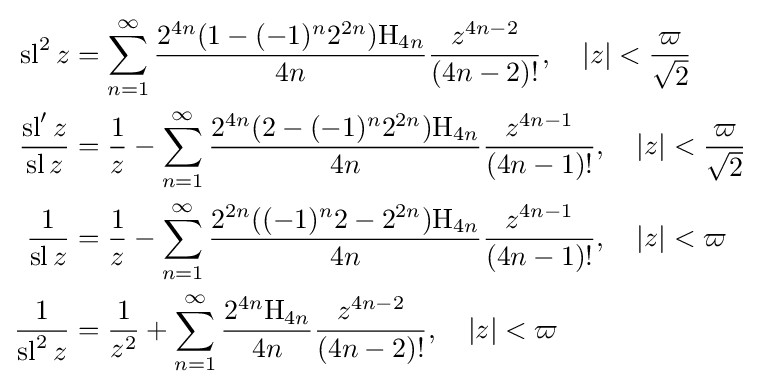
{\begin{aligned}\operatorname {sl} ^{2}z&=\sum _{n=1}^{\infty }{\frac {2^{4n}(1-(-1)^{n}2^{2n})\mathrm {H} _{4n}}{4n}}{\frac {z^{4n-2}}{(4n-2)!}},\quad \left|z\right|<{\frac {\varpi }{\sqrt {2}}}\\{\frac {\operatorname {sl} 'z}{\operatorname {sl} {z}}}&={\frac {1}{z}}-\sum _{n=1}^{\infty }{\frac {2^{4n}(2-(-1)^{n}2^{2n})\mathrm {H} _{4n}}{4n}}{\frac {z^{4n-1}}{(4n-1)!}},\quad \left|z\right|<{\frac {\varpi }{\sqrt {2}}}\\{\frac {1}{\operatorname {sl} z}}&={\frac {1}{z}}-\sum _{n=1}^{\infty }{\frac {2^{2n}((-1)^{n}2-2^{2n})\mathrm {H} _{4n}}{4n}}{\frac {z^{4n-1}}{(4n-1)!}},\quad \left|z\right|<\varpi \\{\frac {1}{\operatorname {sl} ^{2}z}}&={\frac {1}{z^{2}}}+\sum _{n=1}^{\infty }{\frac {2^{4n}\mathrm {H} _{4n}}{4n}}{\frac {z^{4n-2}}{(4n-2)!}},\quad \left|z\right|<\varpi \end{aligned}}